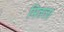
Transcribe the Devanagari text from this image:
मितला